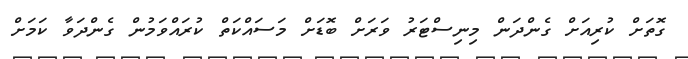
ގޮތަށް ކުރިއަށް ގެންދަން މިނިސްޓަރު ވަރަށް ބޮޑަށް މަސައްކަތް ކުރައްވަމުން ގެންދަވާ ކަމަށް